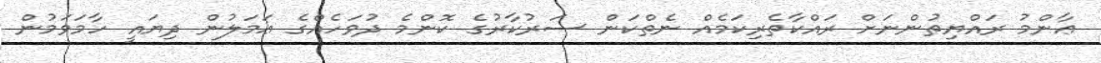
ޢާންމު ރައްޔިތުންނަށް ރައްކާތެރިކަމެއް ނެތްކަން ސަރުކާރުގެ ކޮންމެ ދުވަހެއްގެ ޢަމަލުން ދިޔައީ ހާމަވަމުން